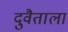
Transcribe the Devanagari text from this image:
दुवैताला